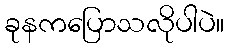
ခုနကပြောသလိုပါပဲ။